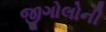
જીગોલોની